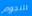
للنجوم